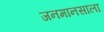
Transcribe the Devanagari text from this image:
जनमानसाला